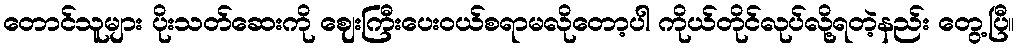
တောင်သူများ ပိုးသတ်ဆေးကို ဈေးကြီးပေးဝယ်စရာမလိုတော့ပါ ကိုယ်တိုင်လုပ်လို့ရတဲ့နည်း တွေ့ပြီ။